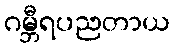
ဂမ္ဘီရပညတာယ